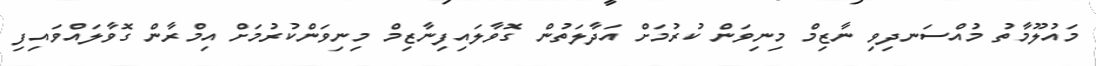
މައުލޫމާތު މުއްސަނދިވި ނާޒިމް މިނިވަން ކުރުމަށް އަދާލަތުން ގޮވާލައިފިނާޒިމް މިނިވަންކުރުމަށް އިމްރާން ގޮވާލައްވައިފި